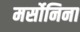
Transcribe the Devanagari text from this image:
मर्सोनिना